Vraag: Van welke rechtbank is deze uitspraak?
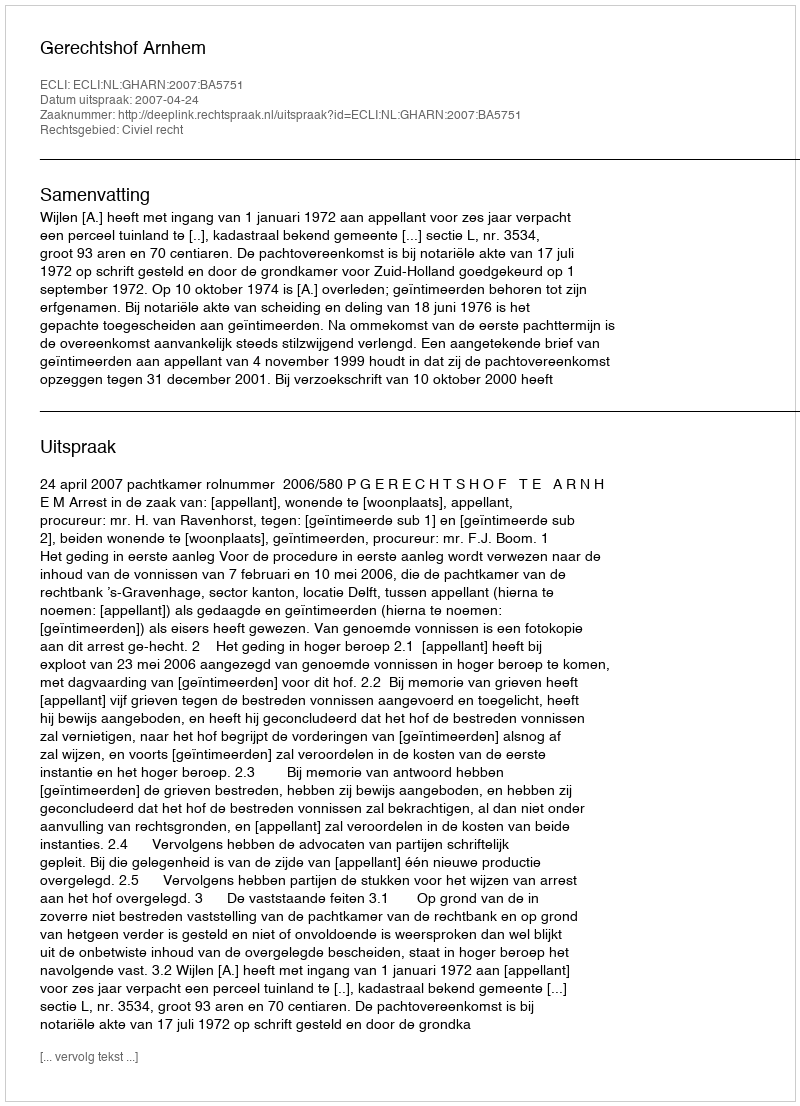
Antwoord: Gerechtshof Arnhem